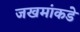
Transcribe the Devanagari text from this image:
जखमांकडे